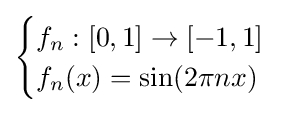
{\begin{cases}f_{n}:[0,1]\to [-1,1]\\f_{n}(x)=\sin(2\pi nx)\end{cases}}